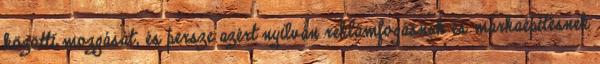
közötti mozgását, és persze azért nyilván reklámfogásnak és márkaépítésnek